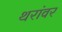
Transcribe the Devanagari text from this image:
थरांवर